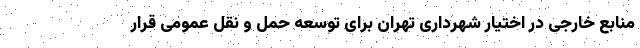
منابع خارجی در اختیار شهرداری تهران برای توسعه حمل و نقل عمومی قرار